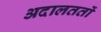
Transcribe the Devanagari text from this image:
अदालततों